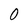
Character: 0